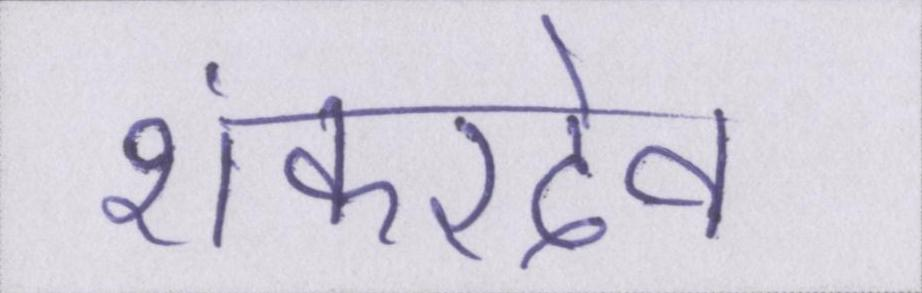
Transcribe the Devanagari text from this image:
शंकरदेव